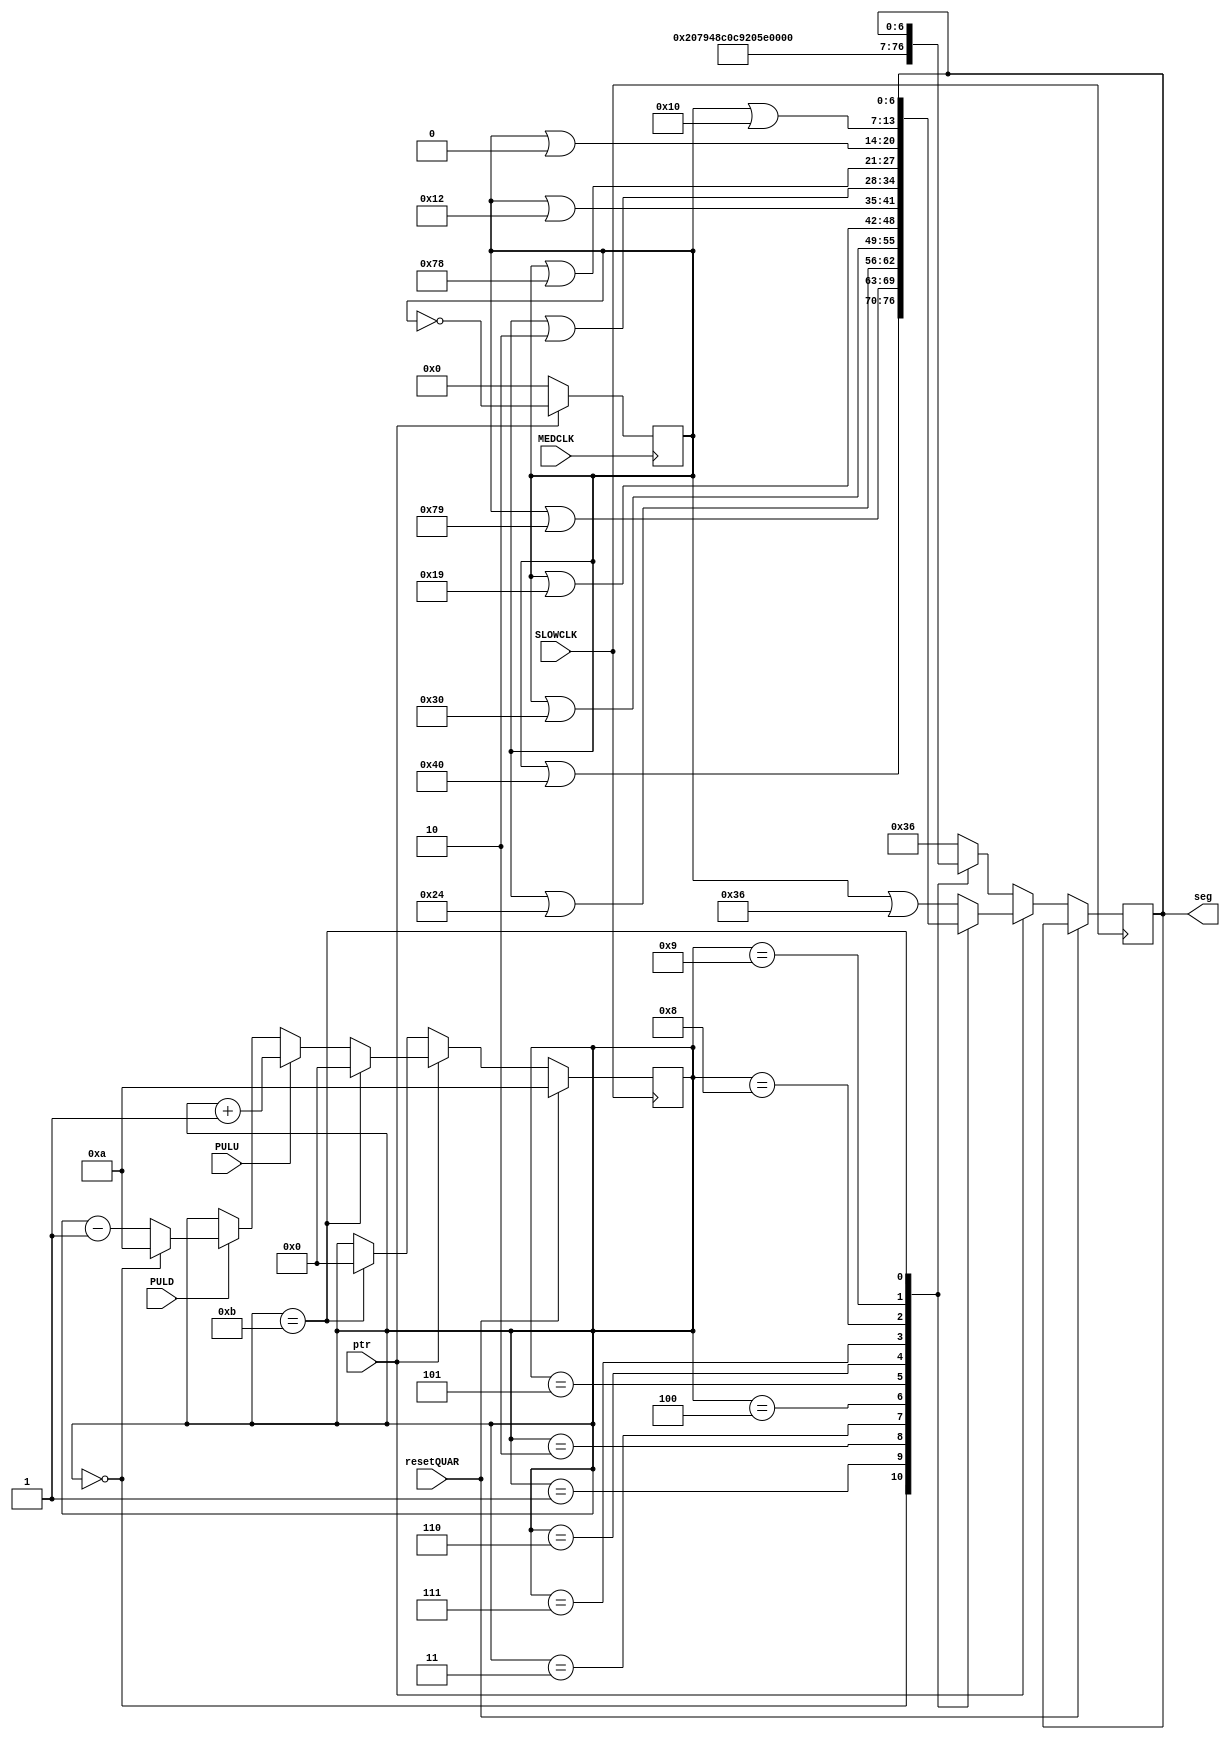
`timescale 1ns / 1ps
//////////////////////////////////////////////////////////////////////////////////
// Company: 
// Engineer: 
// 
// Design Name: 
// Module Name: show_char
// Project Name: 
// Target Devices: 
// Tool Versions: 
// Description: 
// 
// Dependencies: 
// 
// Revision:
// Revision 0.01 - File Created
// Additional Comments:
// 
//////////////////////////////////////////////////////////////////////////////////


module show_char(
    input SLOWCLK, MEDCLK, PULU, PULD, ptr, resetQUAR,
    output reg [6:0] seg
    );
    
    reg [6:0] segtog; // To toggle seg when AP active
    reg [3:0] char; // To keep track of current digit to show
    initial begin
        segtog = 7'b0;
        char = 4'd10;
        seg = 7'b0110110;
    end
    
    // Set to toggle at 6 Hz
    always @ (posedge MEDCLK) begin
        segtog <= ptr ? ~segtog : 7'b0;
    end
    
    always @ (posedge SLOWCLK) begin
        if (resetQUAR) begin
            char <= 4'd10;
        end else if (ptr) begin
            char <= PULU ? char + 1 : (PULD ? ((char == 0) ? 4'd10 : char - 1)  : char);
            case (char)
            4'd10: seg <= segtog | 7'b0110110;
            4'd0: seg <= segtog | 7'b1000000;
            4'd1: seg <= segtog | 7'b1111001;
            4'd2: seg <= segtog | 7'b0100100;
            4'd3: seg <= segtog | 7'b0110000;
            4'd4: seg <= segtog | 7'b0011001;
            4'd5: seg <= segtog | 7'b0010010;
            4'd6: seg <= segtog | 7'b0000010;
            4'd7: seg <= segtog | 7'b1111000;
            4'd8: seg <= segtog | 7'b0;
            4'd9: seg <= segtog | 7'b0010000;
            4'd11: char <= 4'd0;
            default: seg <= segtog | 7'b0110110;
            endcase
        end else begin
            case (char)
            4'd10: seg <= 7'b0110110;
            4'd0: seg <= 7'b1000000;
            4'd1: seg <= 7'b1111001;
            4'd2: seg <= 7'b0100100;
            4'd3: seg <= 7'b0110000;
            4'd4: seg <= 7'b0011001;
            4'd5: seg <= 7'b0010010;
            4'd6: seg <= 7'b0000010;
            4'd7: seg <= 7'b1111000;
            4'd8: seg <= 7'b0;
            4'd9: seg <= 7'b0010000;
            4'd11: char <= 4'd0;
            default: seg <= 7'b0110110;
            endcase
         end
    end
endmodule